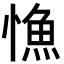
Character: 𢠐